Report of the Imperial Institute of Veterinary Research, Muktesar
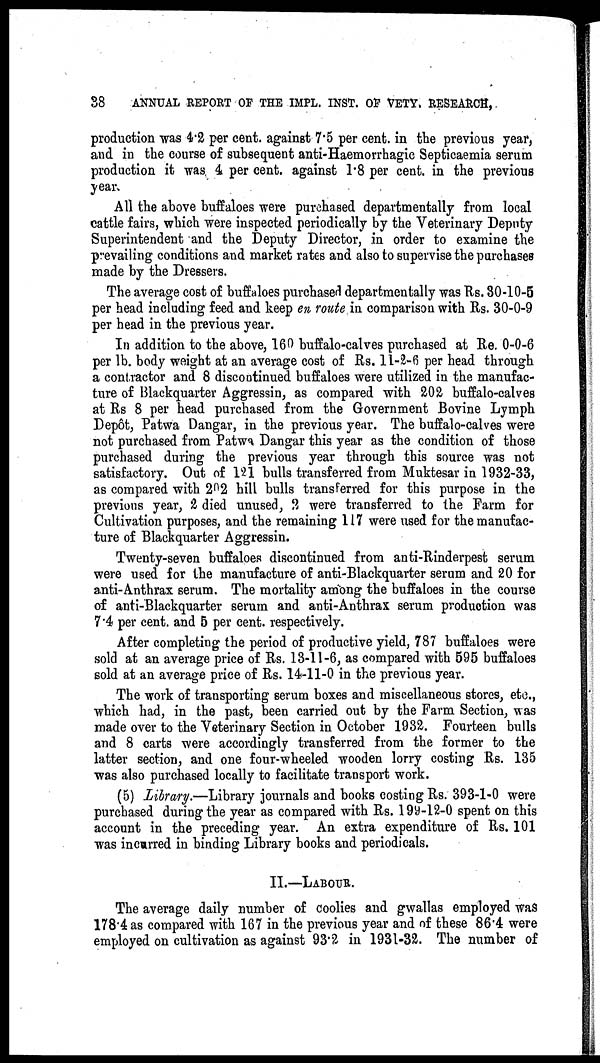
38
ANNUAL REPORT OF THE IMPL. INST. OF VETY. RESEARCH,
production was 4.2 per cent. against 7.5 per cent. in the previous year,
and in the course of subsequent anti-Haemorrhagic Septicaemia serum
production it was 4 per cent. against 1.8 per cent. in the previous
year.
All the above buffaloes were purchased departmentally from local
cattle fairs, which were inspected periodically by the Veterinary Deputy
Superintendent and the Deputy Director, in order to examine the
prevailing conditions and market rates and also to supervise the purchases
made by the Dressers.
The average cost of buffaloes purchased departmentally was Rs. 30-10-5
per head including feed and keep en route in comparison with Rs. 30-0-9
per head in the previous year.
In addition to the above, 160 buffalo-calves purchased at Re. 0-0-6
per lb. body weight at an average cost of Rs. 11-2-6 per head through
a contractor and 8 discontinued buffaloes were utilized in the manufac-
ture of Blackquarter Aggressin, as compared with 202 buffalo-calves
at Rs 8 per head purchased from the Government Bovine Lymph
Depôt, Patwa Dangar, in the previous year. The buffalo-calves were
not purchased from Patwa Dangar this year as the condition of those
purchased during the previous year through this source was not
satisfactory. Out of 121 bulls transferred from Muktesar in 1932-33,
as compared with 202 hill bulls transferred for this purpose in the
previous year, 2 died unused, 2 were transferred to the Farm for
Cultivation purposes, and the remaining 117 were used for the manufac-
ture of Blackquarter Aggressin.
Twenty-seven buffaloes discontinued from anti-Rinderpest serum
were used for the manufacture of anti-Blackquarter serum and 20 for
anti-Anthrax serum. The mortality among the buffaloes in the course
of anti-Blackquarter serum and anti-Anthrax serum production was
7.4 per cent. and 5 per cent. respectively.
After completing the period of productive yield, 787 buffaloes were
sold at an average price of Rs. 13-11-6, as compared with 595 buffaloes
sold at an average price of Rs. 14-11-0 in the previous year.
The work of transporting serum boxes and miscellaneous stores, etc.,
which had, in the past, been carried out by the Farm Section, was
made over to the Veterinary Section in October 1932. Fourteen bulls
and 8 carts were accordingly transferred from the former to the
latter section, and one four-wheeled wooden lorry costing Rs. 135
was also purchased locally to facilitate transport work.
(5) Library.—Library journals and books costing Rs. 393-1-0 were
purchased during the year as compared with Rs. 199-12-0 spent on this
account in the preceding year. An extra expenditure of Rs. 101
was incurred in binding Library books and periodicals.
II.—LABOUR.
The average daily number of coolies and gwallas employed was
178.4 as compared with 167 in the previous year and of these 86.4 were
employed on cultivation as against 93.2 in 1931-32. The number of